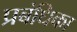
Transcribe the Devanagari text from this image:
प्रबंधिका